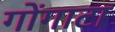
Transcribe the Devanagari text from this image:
गोंगाटा